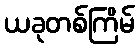
ယခုတစ်ကြိမ်